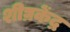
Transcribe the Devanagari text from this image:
शीघ्रकेंद्र